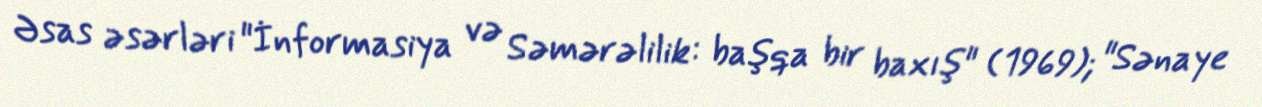
Əsas əsərləri "İnformasiya və Səmərəlilik: başqa bir baxış" (1969); "Sənaye